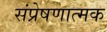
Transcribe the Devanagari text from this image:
संप्रेषणात्मक